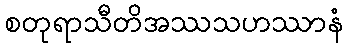
စတုရာသီတိအဿသဟဿာနံ